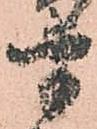
半